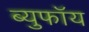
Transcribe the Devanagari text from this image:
ब्युफॉय